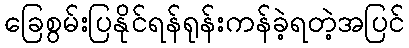
ခြေစွမ်းပြနိုင်ရန်ရုန်းကန်ခဲ့ရတဲ့အပြင်